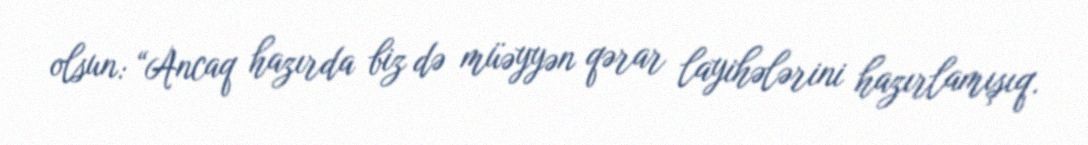
olsun: “Ancaq hazırda biz də müəyyən qərar layihələrini hazırlamışıq.